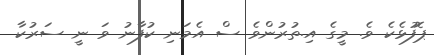
ޕޮފުޅެކެ ވެ. މީގެ އި.ތުރުންވެ ސް އެމަނި ކުފާނު ވަ ނީ ސަރުކާ